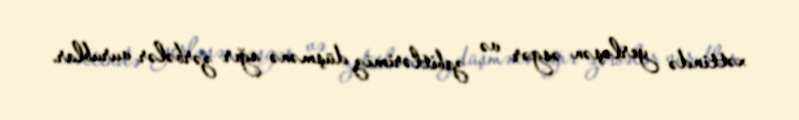
xəttində yerləşən əsgər və zabitlərimiz düşmənə ağır zərbələr vurublar.